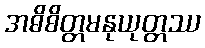
အဓိစိတ္တမနုယုတ္တဿ